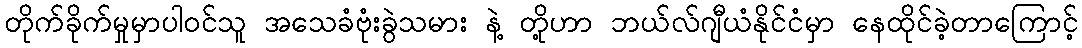
တိုက်ခိုက်မှုမှာပါဝင်သူ အသေခံဗုံးခွဲသမား နဲ့ တို့ဟာ ဘယ်လ်ဂျီယံနိုင်ငံမှာ နေထိုင်ခဲ့တာကြောင့်